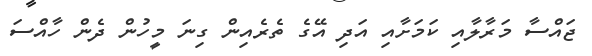
ޖައްސާ މަރާލާއި ކަމަށާއި އަދި އޭގެ ތެރެއިން ގިނަ މީހުން ދެން ހާއްސަ